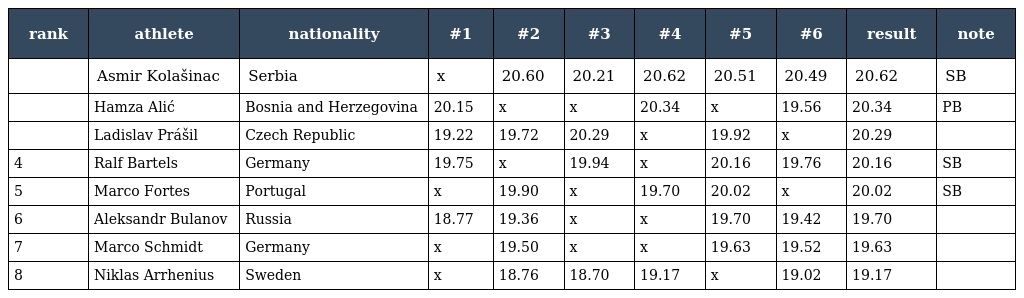
| rank | athlete | nationality | #1 | #2 | #3 | #4 | #5 | #6 | result | note |
 | --- | --- | --- | --- | --- | --- | --- | --- | --- | --- | --- |
 |  | Asmir Kolašinac | Serbia | x | 20.60 | 20.21 | 20.62 | 20.51 | 20.49 | 20.62 | SB |
 |  | Hamza Alić | Bosnia and Herzegovina | 20.15 | x | x | 20.34 | x | 19.56 | 20.34 | PB |
 |  | Ladislav Prášil | Czech Republic | 19.22 | 19.72 | 20.29 | x | 19.92 | x | 20.29 |  |
 | 4 | Ralf Bartels | Germany | 19.75 | x | 19.94 | x | 20.16 | 19.76 | 20.16 | SB |
 | 5 | Marco Fortes | Portugal | x | 19.90 | x | 19.70 | 20.02 | x | 20.02 | SB |
 | 6 | Aleksandr Bulanov | Russia | 18.77 | 19.36 | x | x | 19.70 | 19.42 | 19.70 |  |
 | 7 | Marco Schmidt | Germany | x | 19.50 | x | x | 19.63 | 19.52 | 19.63 |  |
 | 8 | Niklas Arrhenius | Sweden | x | 18.76 | 18.70 | 19.17 | x | 19.02 | 19.17 |  |